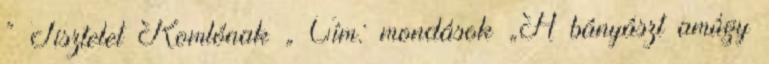
” Tisztelet Komlónak „ Cím: mondások „A bányászt amúgy